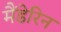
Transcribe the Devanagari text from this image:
मैंडेरिन